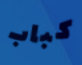
كباب